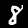
Label: 8